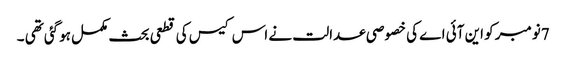
7نومبر کو این آئی اے کی خصوصی عدالت نے اس کیس کی قطعی بحث مکمل ہوگئی تھی ۔